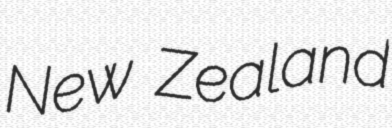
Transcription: New Zealand